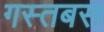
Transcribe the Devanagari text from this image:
गस्तबस